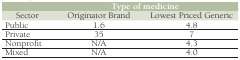
|  | <COLSPAN=2> Type of medicine |
 | --- | --- | --- |
 | Sector | Originator Brand | Lowest Priced Generic |
 | Public | 1.6 | 4.8 |
 | Private | 35 | 7 |
 | Nonprofit | N/A^ | 4.3 |
 | Mixed | N/A^ | 4.0 |